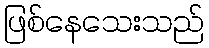
ဖြစ်နေသေးသည်